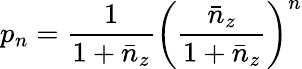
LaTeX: p_{n}=\frac{1}{1+\bar{n}_{z}}\left(\frac{\bar{n}_{z}}{1+\bar{n}_{z}}\right)^{n}